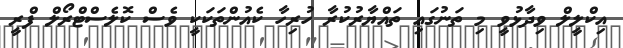
އިކްލީލް ވިދާޅުވީ މި ތަނުގައި ތައްޔާރުކުރާ ހުރިހާ ކެއުންތަކަކީ ވެސް ކޮލެސްޓްރޯލް ފްރީ